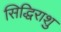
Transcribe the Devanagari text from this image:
सिद्धिराशु